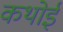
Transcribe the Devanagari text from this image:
कथोई